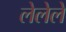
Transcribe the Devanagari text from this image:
लेलेले